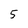
Character: 5